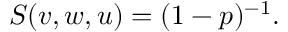
S ( v , w , u ) = ( 1 - p ) ^ { - 1 } .